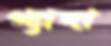
গ্যাদা